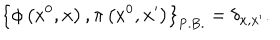
\left\{ \phi \left( x ^ { 0 } , { \bf x } \right) , \pi \left( x ^ { 0 } , { \bf x ^ { \prime } } \right) \right\} _ { \mathrm { P . B . } } = \delta _ { { \bf x } , { \bf x ^ { \prime } } } .